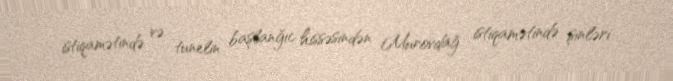
istiqamətində və tunelin başlanğıc hissəsindən Murovdağ istiqamətində şinləri